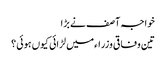
خواجہ آصف نے بڑا
تین وفاقی وزراءمیں لڑائی کیوں ہوئی ؟